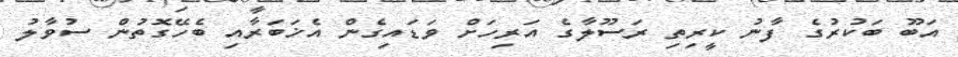
އަބޫ ބަކުރުގެ ފާނު ކީރިތި ރަސޫލާގެ އަރިހަށް ވަޑައިގެން އެޚަބަރާއި ބެހޭގޮތުން ސުވާލު